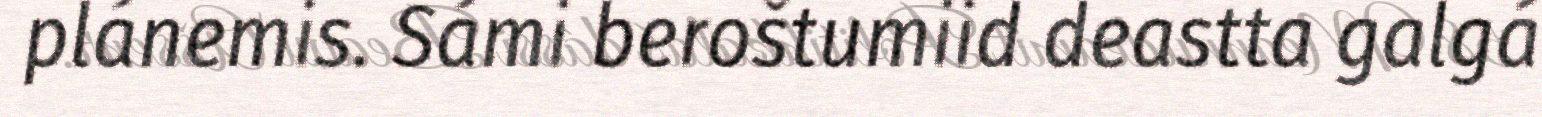
plánemis. Sámi beroštumiid deastta galgá